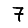
Digit: 7